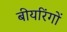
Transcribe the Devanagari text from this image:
बीयरिंगों